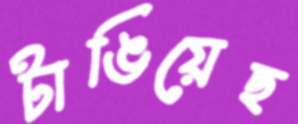
টাঙিয়েছ